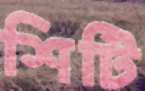
শিটি